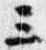
三